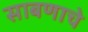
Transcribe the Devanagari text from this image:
साबणाचे